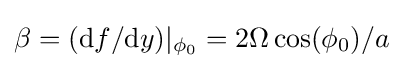
\beta =(\mathrm {d} f/\mathrm {d} y)|_{\phi _{0}}=2\Omega \cos(\phi _{0})/a